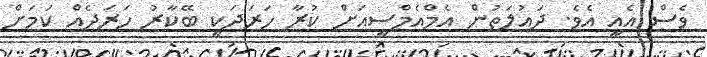
ވެސް އެއީ އެވެ. ދައުލަތުން އެމްއެމްސީއަށް ކުރާ ހަރަދަކީ ބޭކާރު ހަރަދެއް ކަމަށް